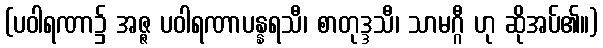
(ပဝါရဏာ၌ အဇ္ဇ ပဝါရဏာပန္နရသီ၊ စာတုဒ္ဒသီ၊ သာမဂ္ဂီ ဟု ဆိုအပ်၏။)